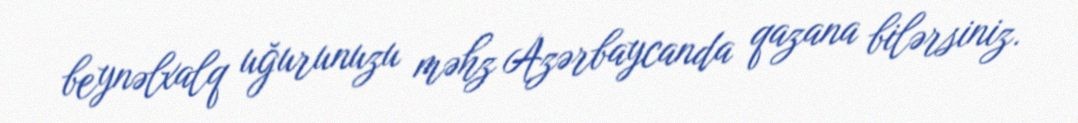
beynəlxalq uğurunuzu məhz Azərbaycanda qazana bilərsiniz.